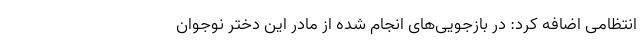
انتظامی اضافه کرد:‌ در بازجویی‌های انجام شده از مادر این دختر نوجوان